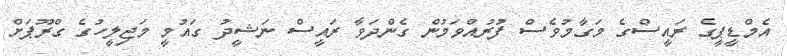
އެމްޑީޕީގެ ރައީސްގެ މަގާމުވެސް ފުރުއްވަމުން ގެންދަވާ ރައީސް ނަޝީދު ގައުމީ މަޖިލީހުގެ ގްރޫޕަށް